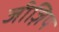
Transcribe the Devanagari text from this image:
जीज़िप